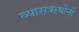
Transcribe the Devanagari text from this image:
व्यासऋषींनी